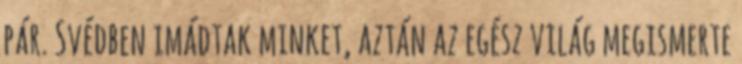
pár. Svédben imádtak minket, aztán az egész világ megismerte